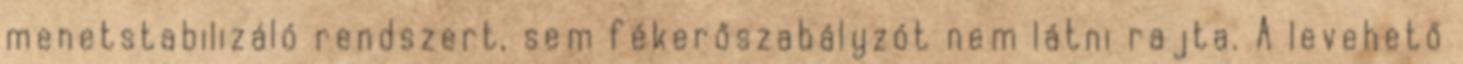
menetstabilizáló rendszert, sem fékerőszabályzót nem látni rajta. A levehető